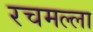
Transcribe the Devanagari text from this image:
रचमल्ला